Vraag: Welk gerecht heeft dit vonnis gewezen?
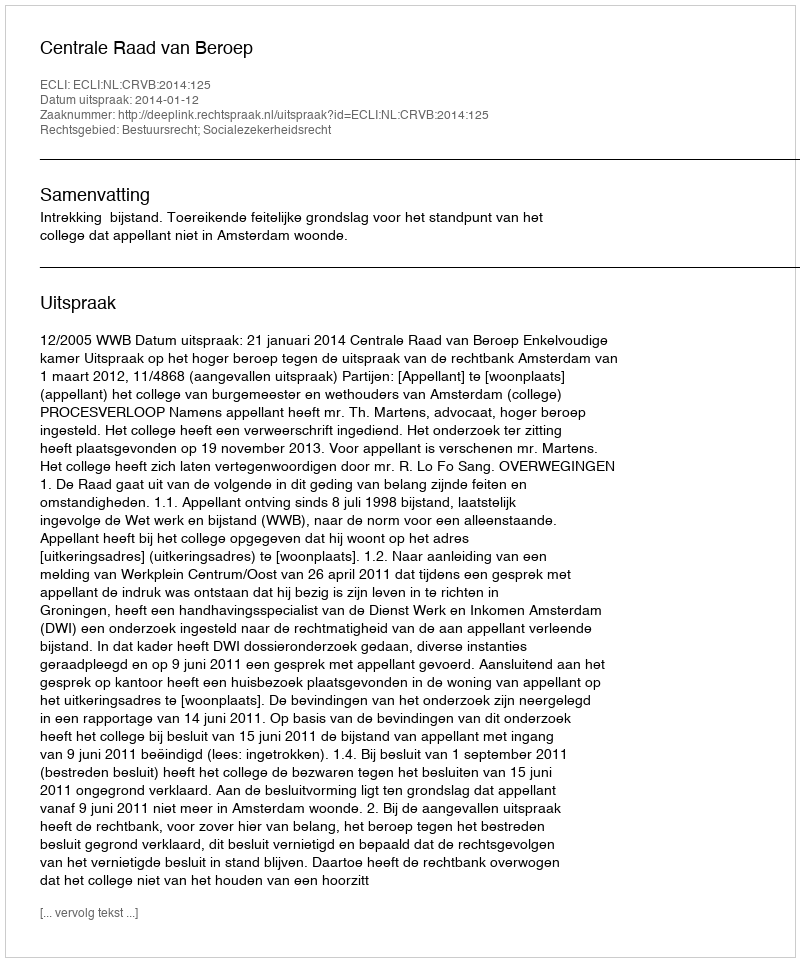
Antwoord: Centrale Raad van Beroep